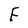
Character: F